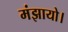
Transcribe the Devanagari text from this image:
मंझायो।